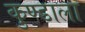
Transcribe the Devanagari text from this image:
कुण्डाला